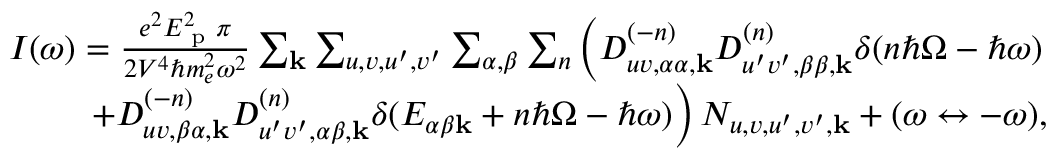
\begin{array} { r } { I ( \omega ) = \frac { e ^ { 2 } E _ { \textrm { p } } ^ { 2 } \pi } { 2 V ^ { 4 } \hbar m _ { e } ^ { 2 } \omega ^ { 2 } } \sum _ { \mathbf { k } } \sum _ { u , v , u ^ { \prime } , v ^ { \prime } } \sum _ { \alpha , \beta } \sum _ { n } \left( D _ { u v , \alpha \alpha , \mathbf { k } } ^ { ( - n ) } D _ { u ^ { \prime } v ^ { \prime } , \beta \beta , \mathbf { k } } ^ { ( n ) } \delta ( n \hbar \Omega - \hbar \omega ) \right. } \\ { \left. + D _ { u v , \beta \alpha , \mathbf { k } } ^ { ( - n ) } D _ { u ^ { \prime } v ^ { \prime } , \alpha \beta , \mathbf { k } } ^ { ( n ) } \delta ( E _ { \alpha \beta \mathbf { k } } + n \hbar \Omega - \hbar \omega ) \right) N _ { u , v , u ^ { \prime } , v ^ { \prime } , \mathbf { k } } + ( \omega \leftrightarrow - \omega ) , } \end{array}